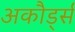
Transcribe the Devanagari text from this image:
अकौर्ड्स